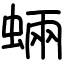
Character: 蜽